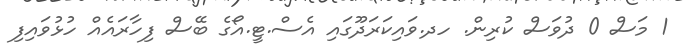
1 މަސް 0 ދުވަސް ކުރިން. ހދ.ވައިކަރަދޫގައި އެސް.ޓީ.އޯގެ ބޭސް ފިހާރައެއް ހުޅުވައިފި